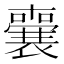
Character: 𭌌